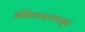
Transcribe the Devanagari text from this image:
योनिकमलापासून